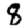
Digit: 8